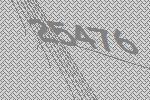
25476